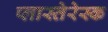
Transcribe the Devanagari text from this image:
प्लास्तेरेस्क